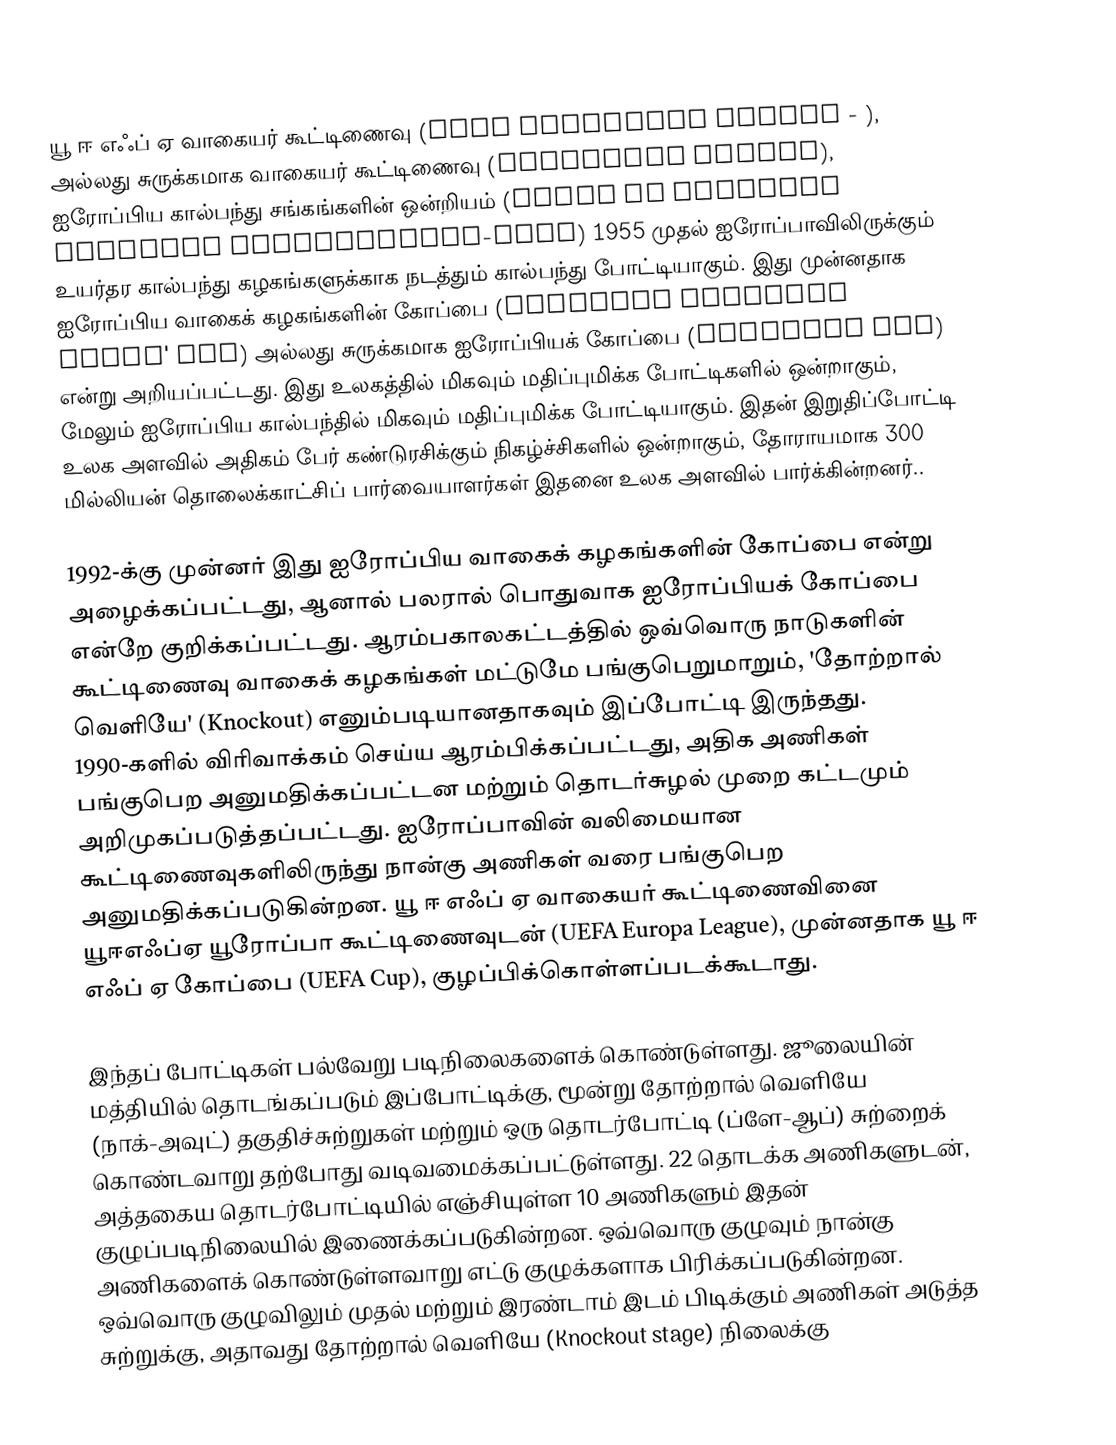
யூ ஈ எஃப் ஏ வாகையர் கூட்டிணைவு (UEFA Champions League - ), அல்லது சுருக்கமாக வாகையர் கூட்டிணைவு (Champions League), ஐரோப்பிய கால்பந்து சங்கங்களின் ஒன்றியம் (Union of European Football Associations-UEFA) 1955 முதல் ஐரோப்பாவிலிருக்கும் உயர்தர கால்பந்து கழகங்களுக்காக நடத்தும் கால்பந்து போட்டியாகும்.  இது முன்னதாக ஐரோப்பிய வாகைக் கழகங்களின் கோப்பை (European Champion Clubs' Cup) அல்லது சுருக்கமாக ஐரோப்பியக் கோப்பை (European Cup) என்று அறியப்பட்டது.  இது உலகத்தில் மிகவும் மதிப்புமிக்க போட்டிகளில் ஒன்றாகும், மேலும் ஐரோப்பிய கால்பந்தில் மிகவும் மதிப்புமிக்க போட்டியாகும்.  இதன் இறுதிப்போட்டி உலக அளவில் அதிகம் பேர் கண்டுரசிக்கும் நிகழ்ச்சிகளில் ஒன்றாகும், தோராயமாக 300 மில்லியன் தொலைக்காட்சிப் பார்வையாளர்கள் இதனை உலக அளவில் பார்க்கின்றனர்..

1992-க்கு முன்னர் இது  ஐரோப்பிய வாகைக் கழகங்களின் கோப்பை என்று அழைக்கப்பட்டது, ஆனால் பலரால் பொதுவாக ஐரோப்பியக் கோப்பை என்றே குறிக்கப்பட்டது.  ஆரம்பகாலகட்டத்தில் ஒவ்வொரு நாடுகளின் கூட்டிணைவு வாகைக் கழகங்கள் மட்டுமே பங்குபெறுமாறும், 'தோற்றால் வெளியே' (Knockout) எனும்படியானதாகவும் இப்போட்டி இருந்தது.  1990-களில் விரிவாக்கம் செய்ய ஆரம்பிக்கப்பட்டது, அதிக அணிகள் பங்குபெற அனுமதிக்கப்பட்டன மற்றும் தொடர்சுழல் முறை கட்டமும் அறிமுகப்படுத்தப்பட்டது.  ஐரோப்பாவின் வலிமையான கூட்டிணைவுகளிலிருந்து நான்கு அணிகள் வரை பங்குபெற அனுமதிக்கப்படுகின்றன.  யூ ஈ எஃப் ஏ வாகையர் கூட்டிணைவினை யூஈஎஃப்ஏ யூரோப்பா கூட்டிணைவுடன் (UEFA Europa League), முன்னதாக யூ ஈ எஃப் ஏ கோப்பை (UEFA Cup), குழப்பிக்கொள்ளப்படக்கூடாது.

இந்தப் போட்டிகள் பல்வேறு படிநிலைகளைக் கொண்டுள்ளது. ஜூலையின் மத்தியில் தொடங்கப்படும் இப்போட்டிக்கு, மூன்று தோற்றால் வெளியே (நாக்-அவுட்) தகுதிச்சுற்றுகள் மற்றும் ஒரு தொடர்போட்டி (ப்ளே-ஆப்) சுற்றைக் கொண்டவாறு தற்போது வடிவமைக்கப்பட்டுள்ளது. 22 தொடக்க அணிகளுடன், அத்தகைய தொடர்போட்டியில் எஞ்சியுள்ள 10 அணிகளும் இதன் குழுப்படிநிலையில் இணைக்கப்படுகின்றன.  ஒவ்வொரு குழுவும் நான்கு அணிகளைக் கொண்டுள்ளவாறு  எட்டு குழுக்களாக பிரிக்கப்படுகின்றன.  ஒவ்வொரு குழுவிலும் முதல் மற்றும் இரண்டாம் இடம் பிடிக்கும் அணிகள் அடுத்த சுற்றுக்கு, அதாவது தோற்றால் வெளியே (Knockout stage) நிலைக்கு